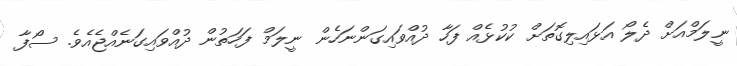
ނީލަމްއަށް ދެލޯ އަޅައިލިގޮތަށް ކުކުޅެއް ފަހާ ދުއްވައިގަންނަހެން ނީލަމް ފަހަތުން ދުއްވައިގަނެއްޖެއެވެ. ސޯފާ